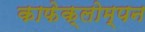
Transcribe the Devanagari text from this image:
काफेक्लोम्पन